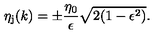
\eta _ { \mathrm { j } } ( k ) = \pm \frac { \eta _ { 0 } } { \epsilon } \sqrt { 2 ( 1 - \epsilon ^ { 2 } ) } .